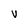
Character: V